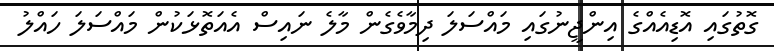
ގޮތުގައި އޮޑިއެއްގެ އިންޖީނުގައި މައްސަލަ ދިމާވެގެން މާލެ ނައިސް އެއަތޮޅަކުން މައްސަލަ ހައްލު